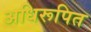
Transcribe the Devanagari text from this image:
अधिरूपित